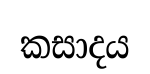
කසාදය